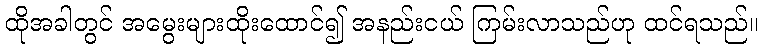
ထိုအခါတွင် အမွေးများထိုးထောင်၍ အနည်းငယ် ကြမ်းလာသည်ဟု ထင်ရသည်။